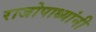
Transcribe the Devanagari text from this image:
राजोपाध्यांनी